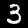
Label: 3